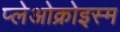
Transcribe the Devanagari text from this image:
प्लेओक्रोइस्म